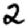
Digit: 2